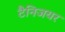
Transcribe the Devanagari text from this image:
टैनिजयर